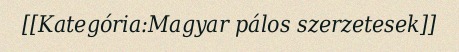
[[Kategória:Magyar pálos szerzetesek]]